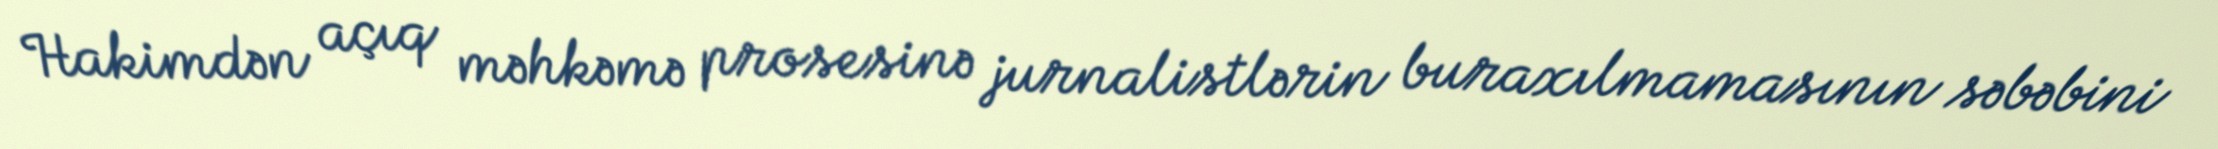
Hakimdən açıq məhkəmə prosesinə jurnalistlərin buraxılmamasının səbəbini